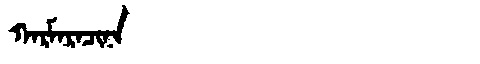
Manchu: ᡴᠠᡵᠮᠠᡵᠠᠴᡳᠨᠠ
Romanization: KARMARACINA